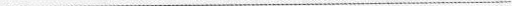
___